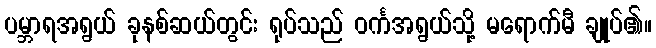
ပမ္ဘာရအရွယ် ခုနစ်ဆယ်တွင်း ရုပ်သည် ဝင်္ကအရွယ်သို့ မရောက်မီ ချုပ်၏။